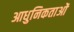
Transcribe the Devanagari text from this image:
आधुनिकताओं